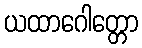
ယထာဂေါတ္တော